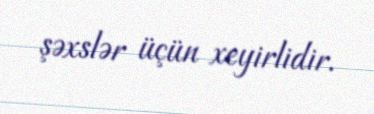
şəxslər üçün xeyirlidir.